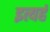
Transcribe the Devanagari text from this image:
इत्यहं